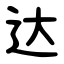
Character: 达